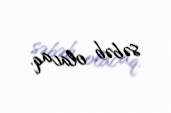
səbəb olacaq.